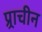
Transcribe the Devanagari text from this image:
प्र्राचीन